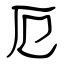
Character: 厄